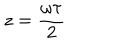
LaTeX: z = { \frac { \omega \tau } { 2 } }